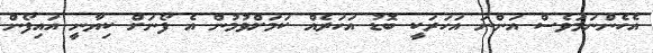
އެހެންނަމަވެސް އަންނަ އަހަރަކީ ބޮޑު އަހަރެއް ކަމަށްވުމުން އެ ފޯނަށް ކިޔާނީ އައިފޯން